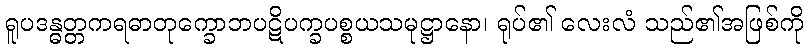
ရူပဒန္ဓတ္တကရဓာတုက္ခောဘပဋိပက္ခပစ္စယသမုဋ္ဌာနော၊ ရုပ်၏ လေးလံ သည်၏အဖြစ်ကို